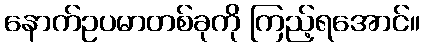
နောက်ဥပမာတစ်ခုကို ကြည့်ရအောင်။